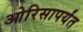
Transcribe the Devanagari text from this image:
ओरिसापर्यंत